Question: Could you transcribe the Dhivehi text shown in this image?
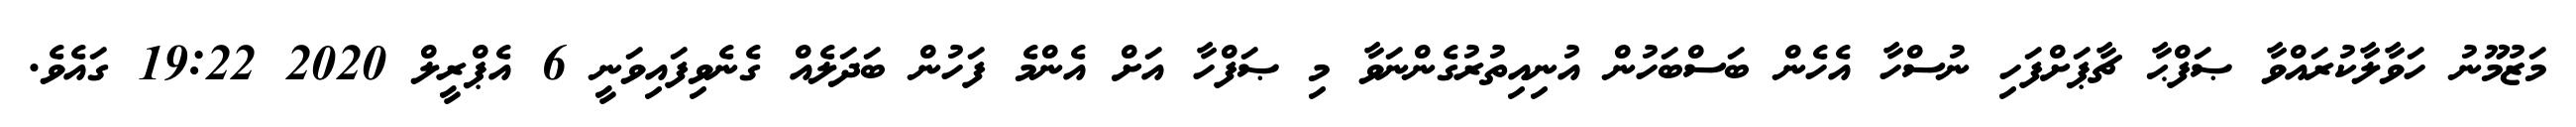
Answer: މަޒުމޫނު ހަވާލާކުރައްވާ ޞަފްޙާ ޗާޕަށްފަހި ނުސްހާ އެހެން ބަސްބަހުން އުނިއިތުރުގެންނަވާ މި ޞަފްހާ އަށް އެންމެ ފަހުން ބަދަލެއް ގެނެވިފައިވަނީ 6 އެޕްރީލް 2020 19:22 ގައެވެ.